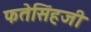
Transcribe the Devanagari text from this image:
फतेसिंहजी